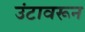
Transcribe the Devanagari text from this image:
उंटावरून